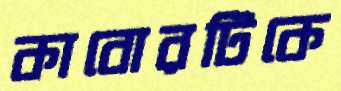
কাবোরটিকে